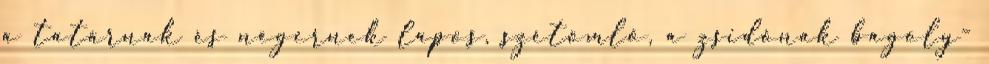
a tatárnak és négernek lapos, szétömlő, a zsidónak bagoly-